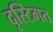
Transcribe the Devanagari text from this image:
दृस्टिगत